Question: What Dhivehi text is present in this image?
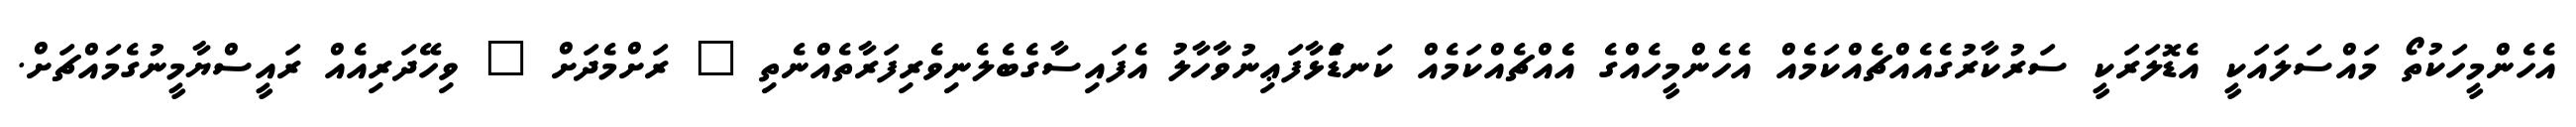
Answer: އެހެންމީހަކުތޯ މައްސަލައަކީ އެޑޮލަރަކީ ސަރުކާރުގެއެއްޗެއްކަމެއް އެހެންމީހެއްގެ އެެއްޗެއްކަމެއް ކަނޑަެަޅާފަޢިނުވާހާލު އެފައިސާގެބެލެނިވެރިފަރާތެއްނެތި " ރަށްމެދަށް " ވިހޭދަރިއެއް ރައީސްޔާމީނުގެމައްޗަށް.